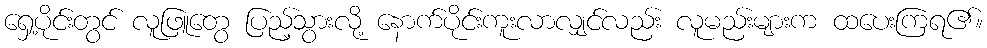
ရှေ့ပိုင်းတွင် လူဖြူတွေ ပြည့်သွားလို့ နောက်ပိုင်းကူးလာလျှင်လည်း လူမည်းများက ထပေးကြရ၏။